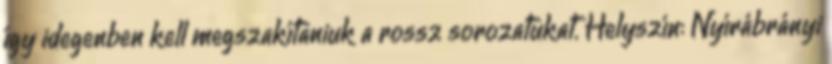
így idegenben kell megszakítaniuk a rossz sorozatukat. Helyszín: Nyírábrányi